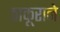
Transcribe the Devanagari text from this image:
ठाकूराने